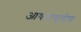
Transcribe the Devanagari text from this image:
आयताकृतीच